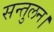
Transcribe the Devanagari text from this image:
सन्तुलन।